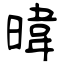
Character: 暐